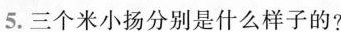
5.三个米小杨分别是什么样子的？